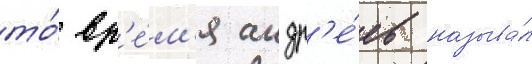
то́ вр'е́м'я андр'е́ев называ́л